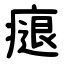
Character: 㾼